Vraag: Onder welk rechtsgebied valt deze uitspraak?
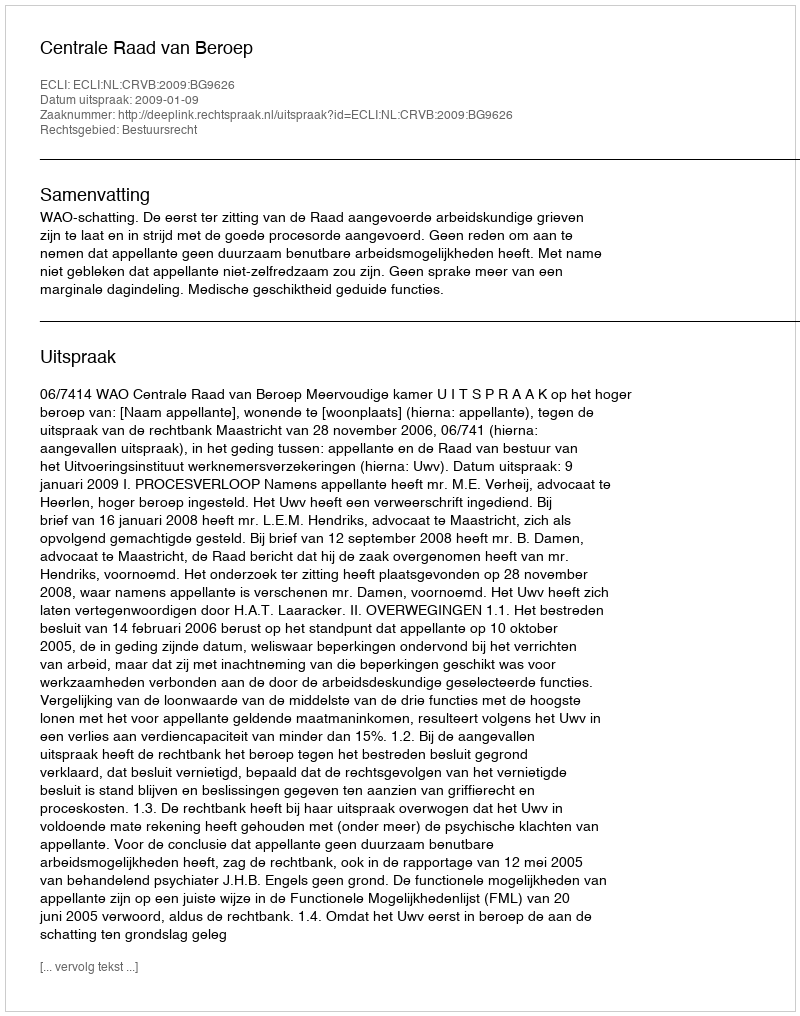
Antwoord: Bestuursrecht